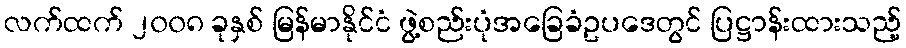
လက်ထက် ၂၀၀၈ ခုနှစ် မြန်မာနိုင်ငံ ဖွဲ့စည်းပုံအခြေခံဥပဒေတွင် ပြဋ္ဌာန်းထားသည့်